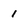
Character: 1